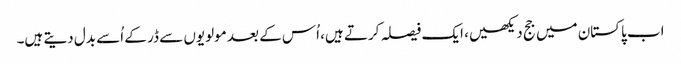
اب پاکستان میں جج دیکھیں، ایک فیصلہ کرتے ہیں، اُس کے بعد مولویوں سے ڈر کے اُسے بدل دیتے ہیں۔